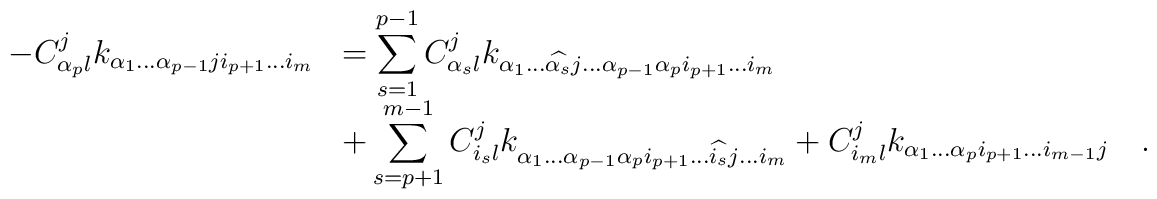
\begin{array}{ll}\displaystyle-C_{\alpha_p l}^j k_{\alpha_1 \dots \alpha_{p-1} j i_{p+1} \dots i_m}& = \displaystyle\sum_{s=1}^{p-1}C_{\alpha_s l}^jk_{\alpha_1\dots\widehat{\alpha_s}j\dots\alpha_{p-1}\alpha_p i_{p+1} \dots i_m}\\& + \displaystyle\sum_{s=p+1}^{m-1}C_{i_s l}^jk_{\alpha_1\dots\alpha_{p-1}\alpha_p i_{p+1} \dots \widehat{i_s} j \dots i_m}+ C_{i_m l}^jk_{\alpha_1\dots\alpha_p i_{p+1} \dots i_{m-1} j}\quad.\end{array}